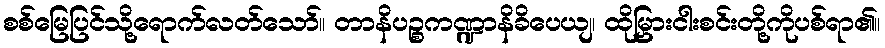
စစ်မြေပြင်သို့ရောက်လတ်သော်။ တာနိပဉ္စကဏ္ဍာနိခိပေယျ၊ ထိုမြှားငါးစင်းတို့ကိုပစ်ရာ၏။